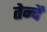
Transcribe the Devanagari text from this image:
तेन्दै